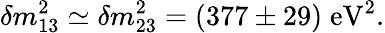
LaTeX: \delta{m}_{13}^{2}\simeq\delta{m}_{23}^{2}=(377\pm 29)\; \mathrm{eV}^{2}.